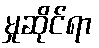
မှုဆိုင်ရာ